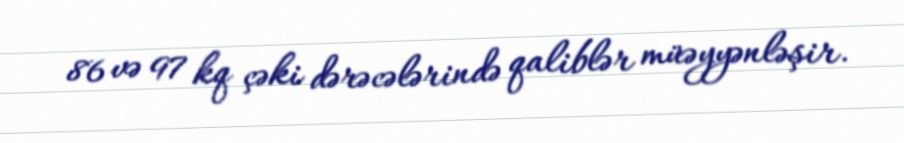
86 və 97 kq çəki dərəcələrində qaliblər müəyyənləşir.